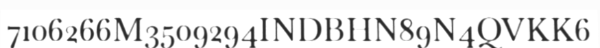
7106266M3509294INDBHN89N4QVKK6